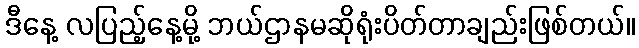
ဒီနေ့ လပြည့်နေ့မို့ ဘယ်ဌာနမဆိုရုံးပိတ်တာချည်းဖြစ်တယ်။